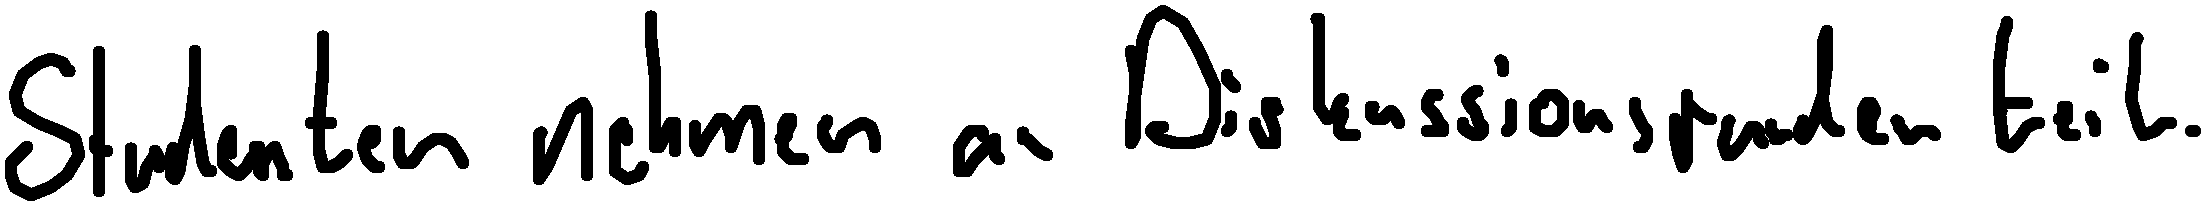
Studenten nehmen an Diskussionsrunden teil.